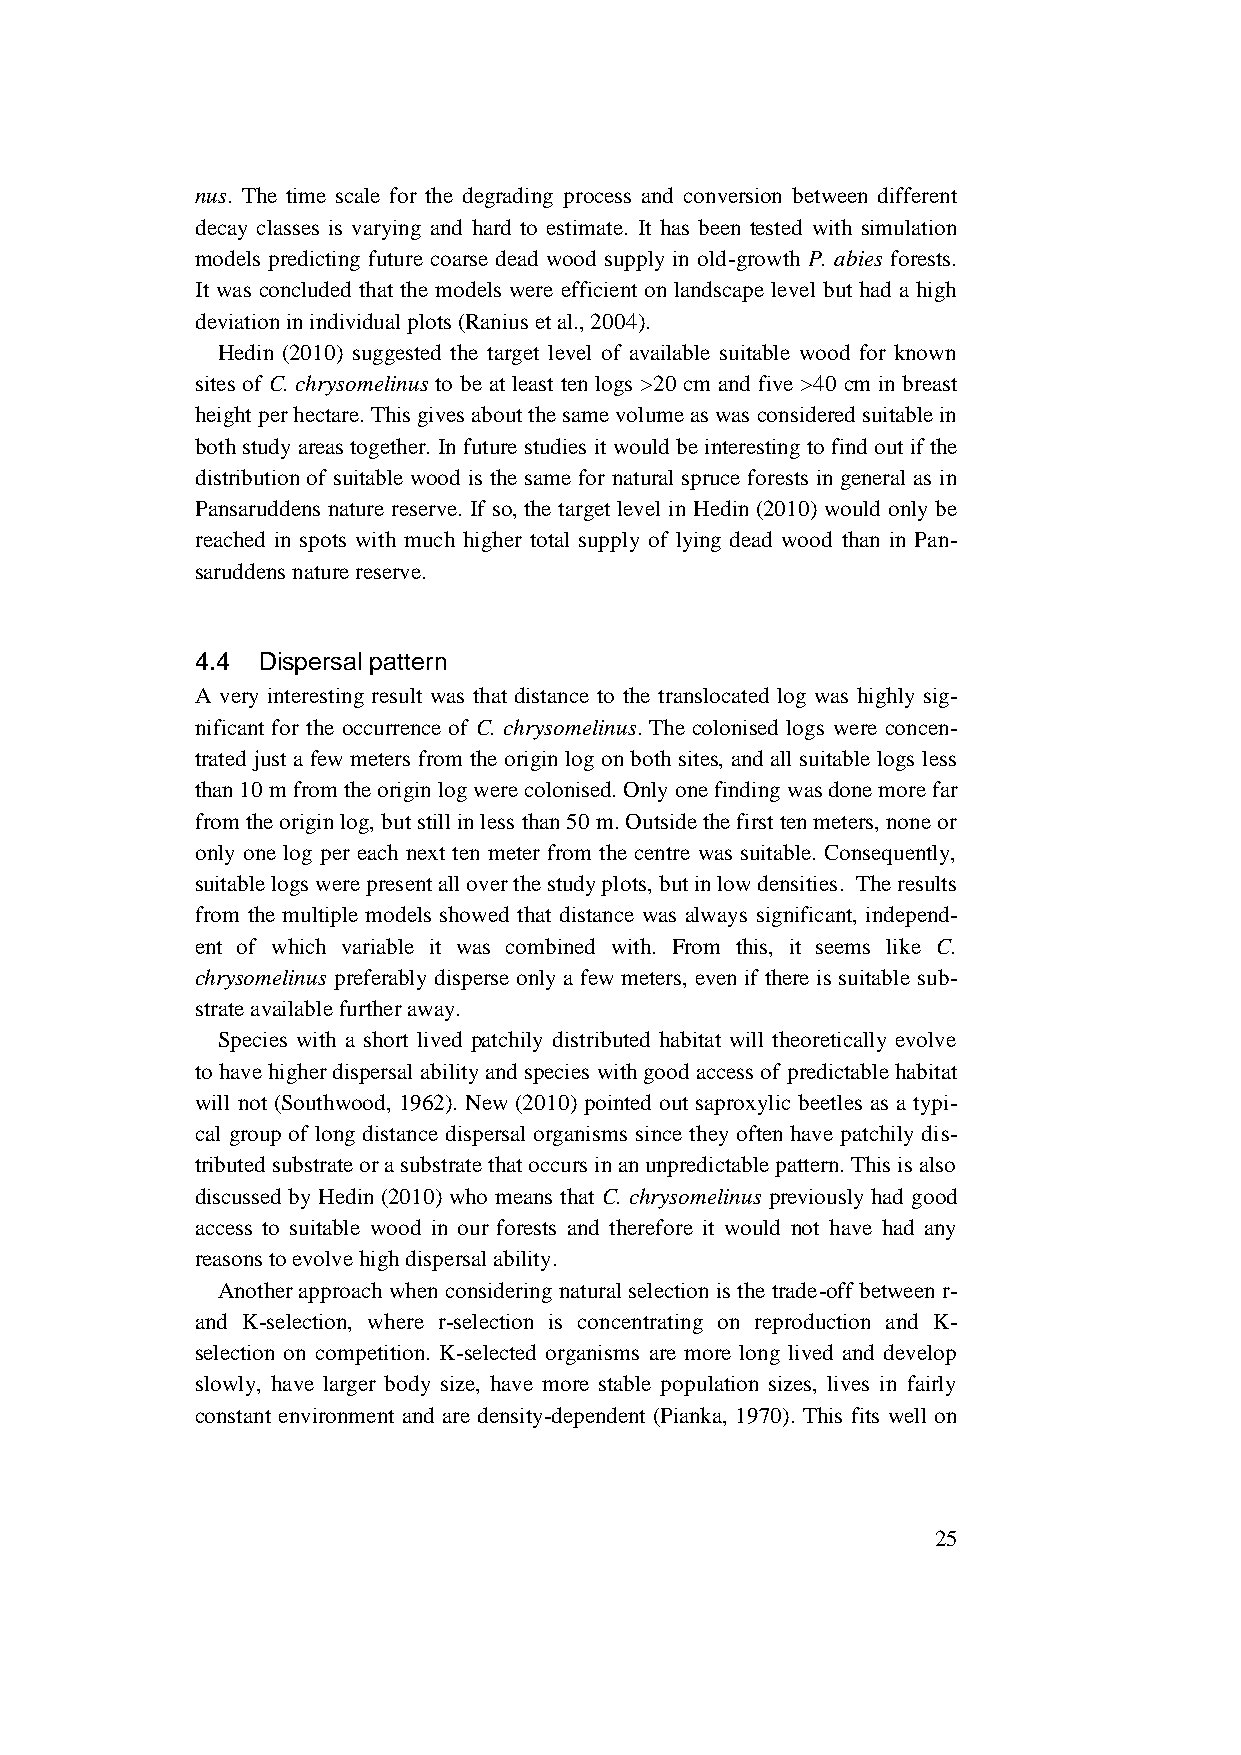
nus. The time scale for the degrading process and conversion between different
 decay classes is varying and hard to estimate. It has been tested with simulation
 models predicting future coarse dead wood supply in old-growth P. abies forests.
 It was concluded that the models were efficient on landscape level but had a high
 deviation in individual plots (Ranius et al., 2004).
 Hedin (2010) suggested the target level of available suitable wood for known
 sites of C. chrysomelinus to be at least ten logs >20 cm and five >40 cm in breast
 height per hectare. This gives about the same volume as was considered suitable in
 both study areas together. In future studies it would be interesting to find out if the
 distribution of suitable wood is the same for natural spruce forests in general as in
 Pansaruddens nature reserve. If so, the target level in Hedin (2010) would only be
 reached in spots with much higher total supply of lying dead wood than in Pan-
 saruddens nature reserve.
 4.4 Dispersal pattern
 A very interesting result was that distance to the translocated log was highly sig-
 nificant for the occurrence of C. chrysomelinus. The colonised logs were concen-
 trated just a few meters from the origin log on both sites, and all suitable logs less
 than 10 m from the origin log were colonised. Only one finding was done more far
 from the origin log, but still in less than 50 m. Outside the first ten meters, none or
 only one log per each next ten meter from the centre was suitable. Consequently,
 suitable logs were present all over the study plots, but in low densities. The results
 from the multiple models showed that distance was always significant, independ-
 ent of which variable it was combined with. From this, it seems like C.
 chrysomelinus preferably disperse only a few meters, even if there is suitable sub-
 strate available further away.
 Species with a short lived patchily distributed habitat will theoretically evolve
 to have higher dispersal ability and species with good access of predictable habitat
 will not (Southwood, 1962). New (2010) pointed out saproxylic beetles as a typi-
 cal group of long distance dispersal organisms since they often have patchily dis-
 tributed substrate or a substrate that occurs in an unpredictable pattern. This is also
 discussed by Hedin (2010) who means that C. chrysomelinus previously had good
 access to suitable wood in our forests and therefore it would not have had any
 reasons to evolve high dispersal ability.
 Another approach when considering natural selection is the trade-off between r-
 and K-selection, where r-selection is concentrating on reproduction and K-
 selection on competition. K-selected organisms are more long lived and develop
 slowly, have larger body size, have more stable population sizes, lives in fairly
 constant environment and are density-dependent (Pianka, 1970). This fits well on
 25